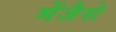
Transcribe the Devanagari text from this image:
मेंजैसे